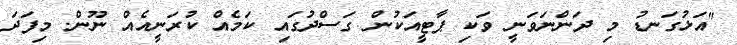
"އަޅުގަނޑު މި ދަންނަވަނީ ވަކި ޕާޓީއަކުން ގަސްދުގައި ކަމެއް ކުރަނީއެއް ނޫން. މިފަދަ